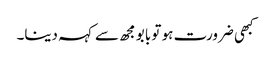
کبھی ضرورت ہو تو بابو مجھ سے کہہ دینا۔